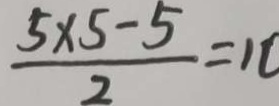
\frac { 5 \times 5 - 5 } { 2 } = 1 0